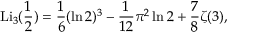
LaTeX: \operatorname { L i } _ { 3 } ( { \frac { 1 } { 2 } } ) = { \frac { 1 } { 6 } } ( \ln 2 ) ^ { 3 } - { \frac { 1 } { 1 2 } } \pi ^ { 2 } \ln 2 + { \frac { 7 } { 8 } } \zeta ( 3 ) ,